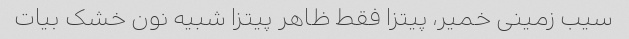
سیب زمینی خمیر، پیتزا فقط ظاهر پیتزا شبیه نون خشک بیات